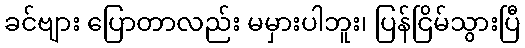
ခင်ဗျား ပြောတာလည်း မမှားပါဘူး၊ ပြန်ငြိမ်သွားပြီ